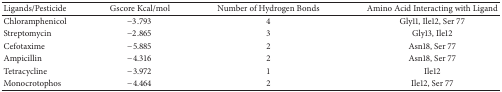
<table><thead><tr><td><b>Ligands/Pesticide</b></td><td><b>Gscore Kcal/mol</b></td><td><b>Number of Hydrogen Bonds</b></td><td><b>Amino Acid Interacting with Ligand </b></td></tr></thead><tbody><tr><td>Chloramphenicol</td><td>−3.793</td><td>4</td><td>Gly11, Ile12, Ser 77</td></tr><tr><td>Streptomycin</td><td>−2.865</td><td>3</td><td>Gly13, Ile12</td></tr><tr><td>Cefotaxime</td><td>−5.885</td><td>2</td><td>Asn18, Ser 77</td></tr><tr><td>Ampicillin</td><td>−4.316</td><td>2</td><td>Asn18, Ser 77</td></tr><tr><td>Tetracycline</td><td>−3.972</td><td>1</td><td>Ile12</td></tr><tr><td>Monocrotophos</td><td>−4.464</td><td>2</td><td>Ile12, Ser 77</td></tr></tbody></table>